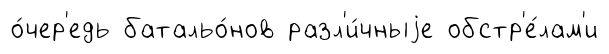
о́чер'едь батальо́нов разл'и́чныjе обстр'е́лам'и